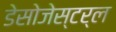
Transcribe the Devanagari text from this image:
डेसोजेस्टर्ल